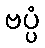
ဗပ္ပံ